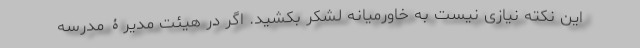
این نکته نیازی نیست به خاورمیانه لشکر بکشید. اگر در هیئت مدیرۀ مدرسه